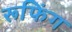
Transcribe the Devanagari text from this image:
रूफिंग